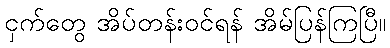
ငှက်တွေ အိပ်တန်းဝင်ရန် အိမ်ပြန်ကြပြီ။